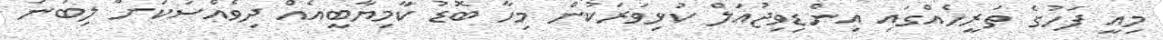
މިއީ ފަހުގެ ތަރީހެއްގައި އިންޑިވިޖުއަލް ކުޅިވަރަކުން މިހާ ބޮޑު ކާމިޔާބީއެއް ދިވެއްސަކަށް ލިބުނު